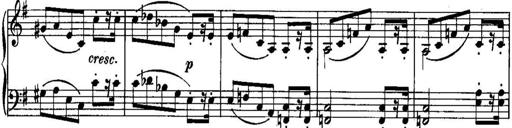
Title: Piano Sonatina No.1, Op.146
Composer: Stephen Heller